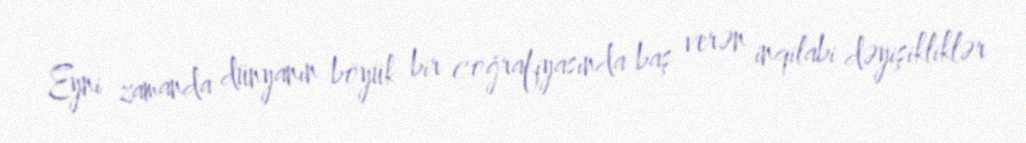
Eyni zamanda dünyanın böyük bir coğrafiyasında baş verən inqilabi dəyişikliklər